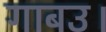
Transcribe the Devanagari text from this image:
गाबउ।